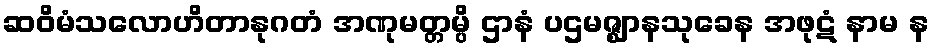
ဆဝိမံသလောဟိတာနုဂတံ အဏုမတ္တမ္ပိ ဌာနံ ပဌမဇ္ဈာနသုခေန အဖုဋံ နာမ န